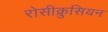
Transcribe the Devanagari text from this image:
रोसीक्रुसियन